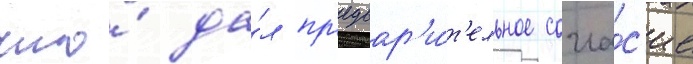
что́ да́л пр'едвар'и́т'ельное согла́с'ие